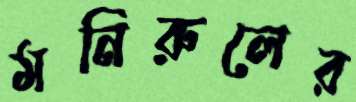
মনিরুলের